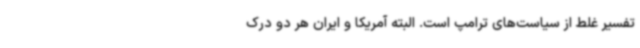
تفسیر غلط از سیاست‌های ترامپ است. البته آمریکا و ایران هر دو درک